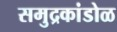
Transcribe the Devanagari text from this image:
समुद्रकांडोळ